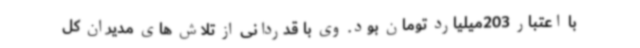
با اعتبار 203میلیارد تومان بود. وی با قدردانی از تلاش های مدیران کل